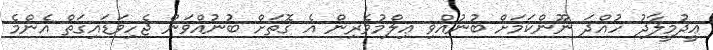
ޢީދުމީލާދު ހުއްދަ ނޫންކަމަށް ބުނުއްވި ޢިލްމުވެރިން އެ ގޮތަށް ބުނުއްވަން ޖެހިވަޑައިގަތް އެންމެ